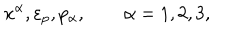
LaTeX: x ^ { \alpha } , \varepsilon _ { p } , p _ { \alpha } , \qquad \alpha = 1 , 2 , 3 ,